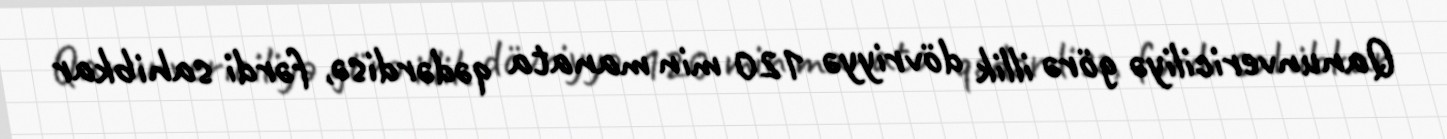
Qanunvericiliyə görə illik dövriyyə 120 min manata qədərdisə, fərdi sahibkar